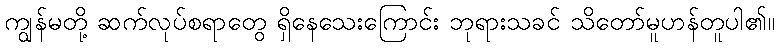
ကျွန်မတို့ ဆက်လုပ်စရာတွေ ရှိနေသေးကြောင်း ဘုရားသခင် သိတော်မူဟန်တူပါ၏။